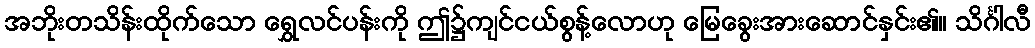
အဘိုးတသိန်းထိုက်သော ရွှေလင်ပန်းကို ဤ၌ကျင်ငယ်စွန့်လောဟု မြေခွေးအားဆောင်နှင်း၏။ သိင်္ဂါလီ